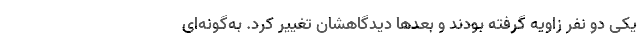
یکی دو نفر زاویه گرفته بودند و بعد‌ها دیدگاهشان تغییر کرد. به‌گونه‌ای